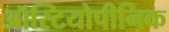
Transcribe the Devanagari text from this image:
ऑस्टियोपीनिक